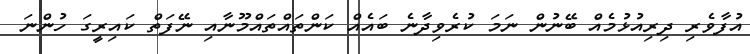
އުފާވެރި ދިރިއުޅުމެއް ބޭނުން ނަމަ ކުރެވިދާނެ ބައެއް ކަންތައްތައްމޫނާއި ނޭފަތް ކައިރީގަ ހުންނަ